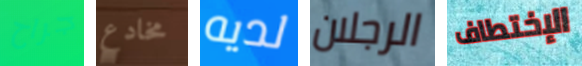
جراح مخادع لديه الرجلان الإختطاف